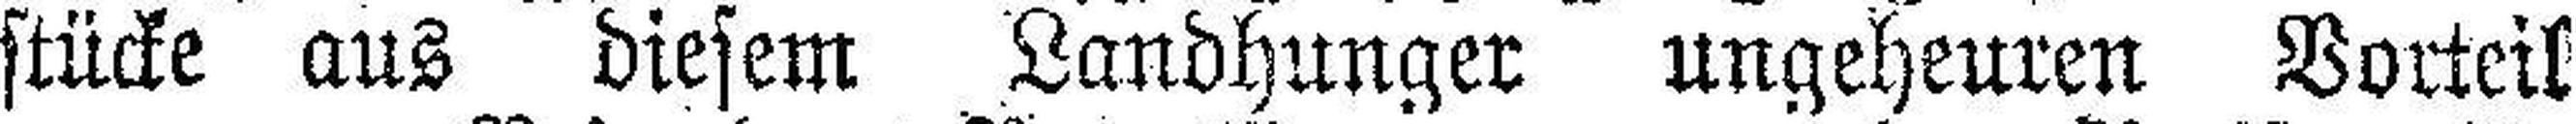
stücke aus diesem Landhunger ungeheuren Vorteil